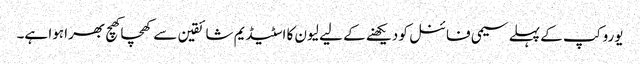
یورو کپ کے پہلے سیمی فائنل کو دیکھنے کے لیے لیون کا اسٹیڈیم شائقین سے کھچا کھچ بھرا ہوا ہے۔